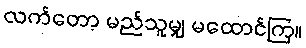
လက်တော့ မည်သူမျှ မထောင်ကြ။